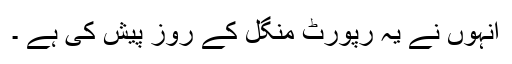
انہوں نے یہ رپورٹ منگل کے روز پیش کی ہے ۔